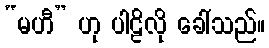
“မဟီ” ဟု ပါဠိလို ခေါ်သည်။